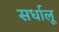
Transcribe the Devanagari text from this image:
सर्धालू